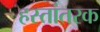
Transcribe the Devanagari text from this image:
हस्तांतरक